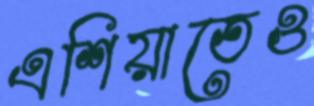
এশিয়াতেও